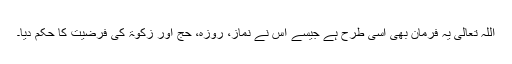
اللہ تعالیٰ یہ فرمان بھی اسی طرح ہے جیسے اس نے نماز، روزہ، حج اور زکوۃ کی فرضیت کا حکم دیا۔